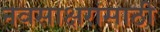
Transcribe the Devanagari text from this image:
नवसाक्षरांसाठी